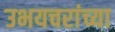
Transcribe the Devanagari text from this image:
उभयचरांच्या